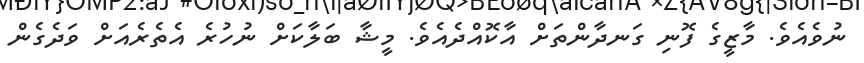
ނުވެއެވެ. މާޒީގެ ފޮނި ގަނދާންތަށް އާކޮއްދެއެވެ. މީޝާ ބަލާކަށް ނުހުރެ އެތެރެއަށް ވަދެގެން